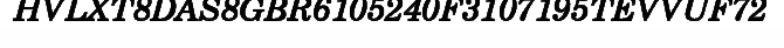
HVLXT8DAS8GBR6105240F3107195TEVVUF72